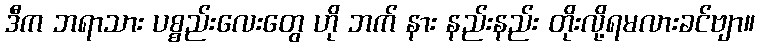
ဒီက ဘရာသား ပစ္စည်းလေးတွေ ဟို ဘက် နား နည်းနည်း တိုးလို့ရမလားခင်ဗျာ။